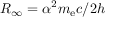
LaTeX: R _ { \infty } = \alpha ^ { 2 } m _ { \mathrm { e } } c / 2 h